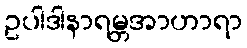
ဥပါဒါနာရမ္ဘအာဟာရာ